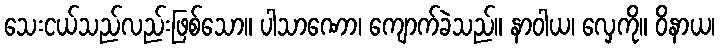
သေးငယ်သည်လည်းဖြစ်သော။ ပါသာဏော၊ ကျောက်ခဲသည်။ နာဝါယ၊ လှေကို။ ဝိနာယ၊